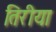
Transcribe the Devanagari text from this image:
तिरीया